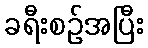
ခရီးစဉ်အပြီး